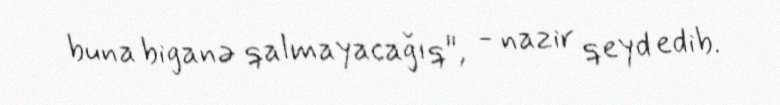
buna biganə qalmayacağıq", - nazir qeyd edib.